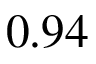
0 . 9 4